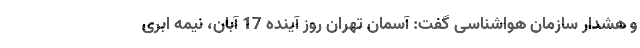
و هشدار سازمان هواشناسی گفت: آسمان تهران روز آینده 17 آبان، نیمه ابری